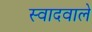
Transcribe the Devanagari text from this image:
स्वादवाले